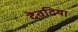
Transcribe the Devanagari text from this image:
देवढिया